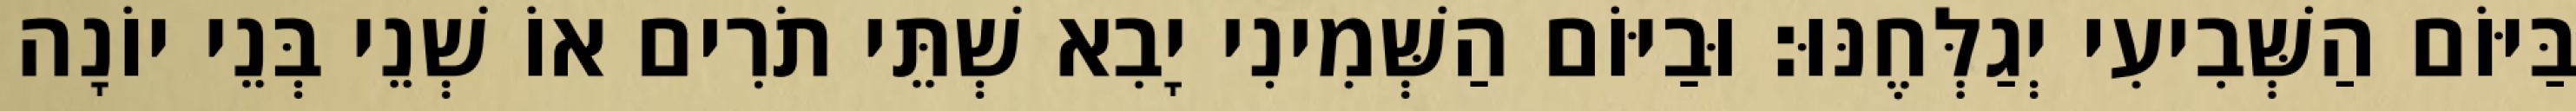
בַּיּוֹם הַשְּׁבִיעִי יְגַלְּחֶנּוּ׃ וּבַיּוֹם הַשְּׁמִינִי יָבִא שְׁתֵּי תֹרִים אוֹ שְׁנֵי בְּנֵי יוֹנָה